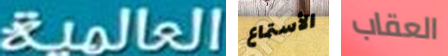
العالمية الأستماع العقاب